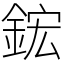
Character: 鋐